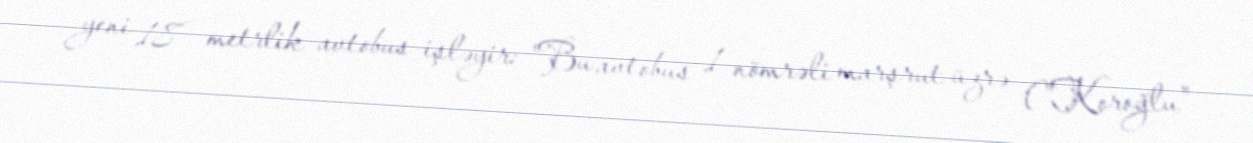
yeni 18 metrlik avtobus işləyir: "Bu avtobus 1 nömrəli marşrut üzrə ("Koroğlu"